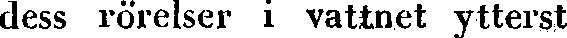
dess rörelser i vattnet ytterst